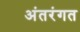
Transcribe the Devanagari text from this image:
अंतरंगत